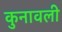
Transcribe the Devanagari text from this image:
कुनावली